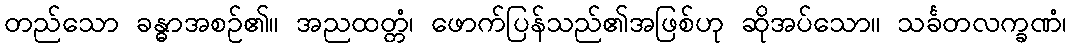
တည်သော ခန္ဓာအစဉ်၏။ အညထတ္တံ၊ ဖောက်ပြန်သည်၏အဖြစ်ဟု ဆိုအပ်သော။ သင်္ခတလက္ခဏံ၊